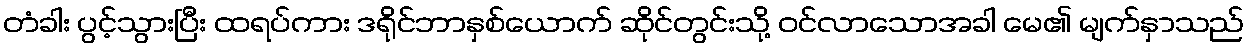
တံခါး ပွင့်သွားပြီး ထရပ်ကား ဒရိုင်ဘာနှစ်ယောက် ဆိုင်တွင်းသို့ ဝင်လာသောအခါ မေ၏ မျက်နှာသည်